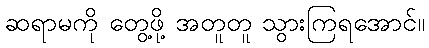
ဆရာမကို တွေ့ဖို့ အတူတူ သွားကြရအောင်။